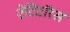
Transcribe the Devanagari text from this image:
ऐंटिटॉरस